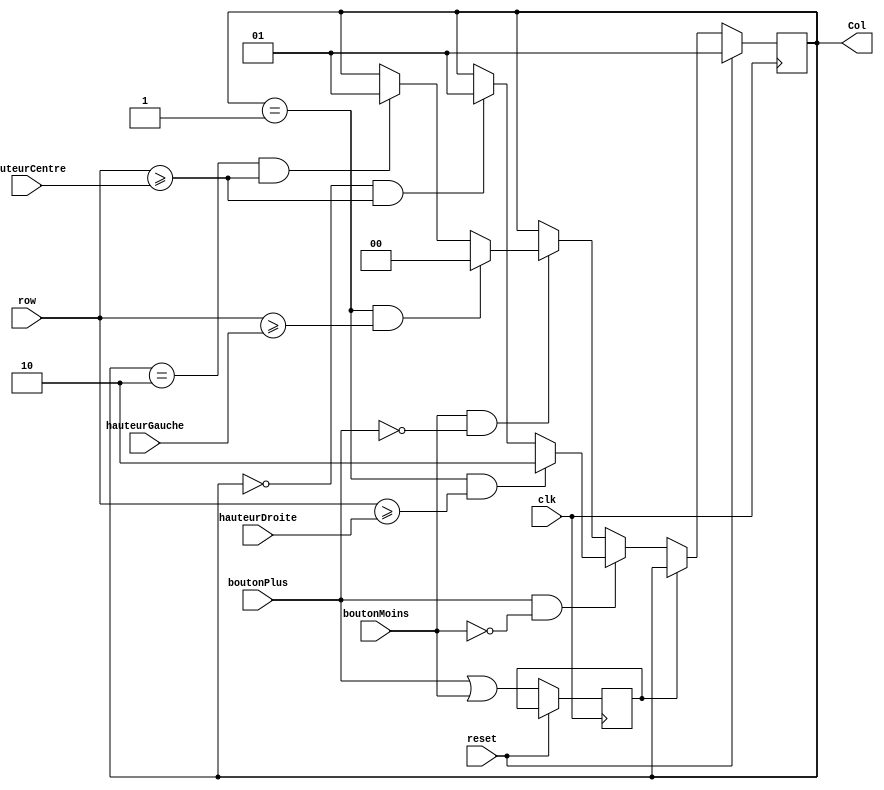
module Manette(
    input boutonPlus, // Enables to move the brick to the right
    input boutonMoins, // Idem to the left
    input [2:0] hauteurGauche, // Height of the left-most stack
    input [2:0] hauteurDroite, // Idem for the right-most stack
    input [2:0] hauteurCentre, // Idem for the central stack
    input [2:0] row, // Brick's height, input from another module
    input reset, // Puts the system in a well-known state
    input clk, // Monitors the system
    output [1:0] Col, // Represent the current brick's column
    );

    parameter LARGEUR_BRIQUE = 210; // Not used here
    parameter LARGEUR_ECRAN = 640; // Not used here
   
    reg [1:0] intern_column = 1; // reg variables for code validity
    reg button_pressed = 0; // Internal value used to register that the input was already registered once, in order to avoid the same input being processed during each clock cycle.
    reg error_command = 0;


    always @(posedge clk) begin
        if (reset) begin // Central colum and no error
            intern_column = 1;
            error_command = 0;
        end
        else begin
            if (~button_pressed) begin
                if (boutonPlus && ~boutonMoins) begin
                    if (intern_column == 1 && row >= hauteurDroite) begin // If the brick is located in the central column, the user wants it to go on the right, and the brick isn't below the right stack, there it goes.
                        intern_column = 2;
                        error_command = 0;
                    end
                    else if (intern_column == 0 && row >= hauteurCentre) begin
                        intern_column = 1;
                        error_command = 0;
                    end
                    else error_command = 1;
                end
                else if (boutonMoins && ~boutonPlus) begin
                    if (intern_column == 1 && row >= hauteurGauche) begin
                        intern_column = 0;
                        error_command = 0;
                    end
                    else if (intern_column == 2 && row >= hauteurCentre) begin
                        intern_column = 1;
                        error_command = 0;
                    end
                    else error_command = 1;
                end
            end
            button_pressed = (boutonPlus||boutonMoins);
        end
    end
    
    assign Col = intern_column;
endmodule